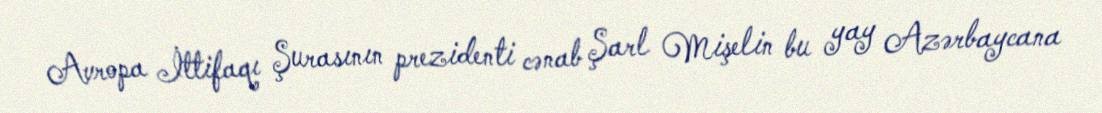
Avropa İttifaqı Şurasının prezidenti cənab Şarl Mişelin bu yay Azərbaycana